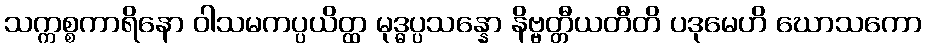
သက္ကစ္စကာရိနော ဝါသမကပ္ပယိတ္ထ မုဒ္ဓပ္ပသန္နော နိဗ္ဗတ္တီယတီတိ ပဒုမေဟိ ဃောသကော